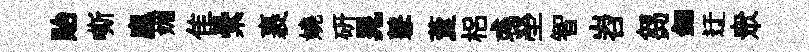
貽嘶應媚隹纍裹嬈硏晁鼕藑梠彧塋智岧芻鈿迂衆